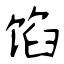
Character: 馅